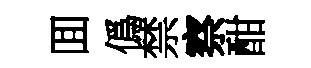
囬僞禁察酣